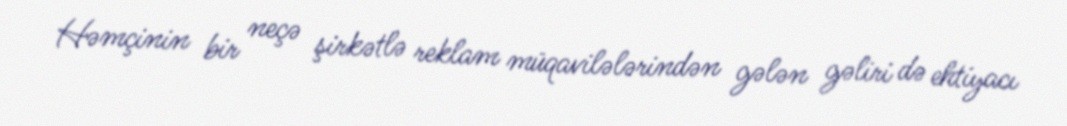
Həmçinin bir neçə şirkətlə reklam müqavilələrindən gələn gəliri də ehtiyacı